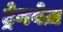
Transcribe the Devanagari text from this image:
ट्रेनवेज़